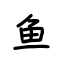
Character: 鱼